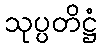
သုပ္ပတိဋ္ဌံ